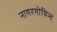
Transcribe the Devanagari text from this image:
नागरगोविन्द